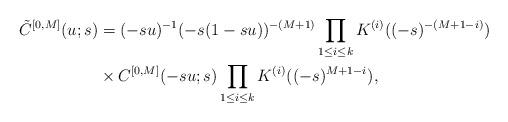
LaTeX: \begin{align*}\tilde{C}^{[0, M]}(u; s)&=(-su)^{-1}(-s(1-su))^{-(M+1)} \prod_{1\le i \le k}K^{(i)}((-s)^{-(M+1-i)}) \\ &\times C^{[0, M]}(-su; s)\prod_{1\le i \le k}K^{(i)}((-s)^{M+1-i}), \end{align*}